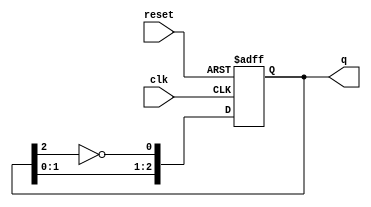
module johnson_counter (
    input wire clk,           // Clock signal
    input wire reset,         // Asynchronous reset signal
    output reg [2:0] q        // 3-bit output
);

// On reset, initialize the counter to zero
always @(posedge clk or posedge reset) begin
    if (reset) begin
        q <= 3'b000;          // Initial state
    end else begin
        // Johnson counter logic
        q <= {q[1:0], ~q[2]};  // Shift and feed back the inverted last bit
    end
end

endmodule